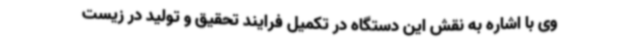
وی با اشاره به نقش این دستگاه در تکمیل فرایند تحقیق و تولید در زیست